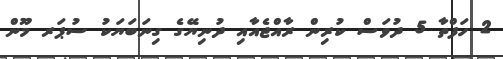
2 ހަފްތާ 5 ދުވަސް ކުރިން ރާއްޖެއާއި ދުނިޔޭގެ ގިނަބަޔަކު ސުޕަރ މޫން